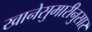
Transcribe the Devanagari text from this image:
खानेसुमारीनुसार